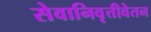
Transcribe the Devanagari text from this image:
सेवानिवृत्तीवेतन